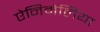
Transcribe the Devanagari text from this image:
ऐनिमेलिया